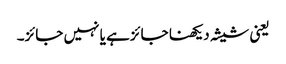
یعنی شیشہ دیکھنا جائزہے یا نہیں جائز۔